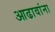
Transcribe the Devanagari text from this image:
आढावांना